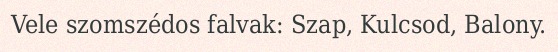
Vele szomszédos falvak: Szap, Kulcsod, Balony.